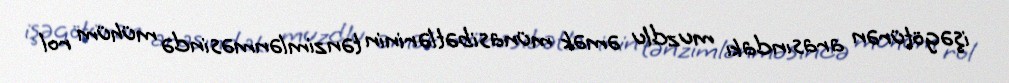
işəgötürən arasındakı muzdlu əmək münasibətlərinin tənzimlənməsində mühüm rol